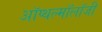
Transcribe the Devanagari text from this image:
ऑप्थल्मॉलॉजी